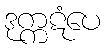
ဒုက္ကဋံပေ